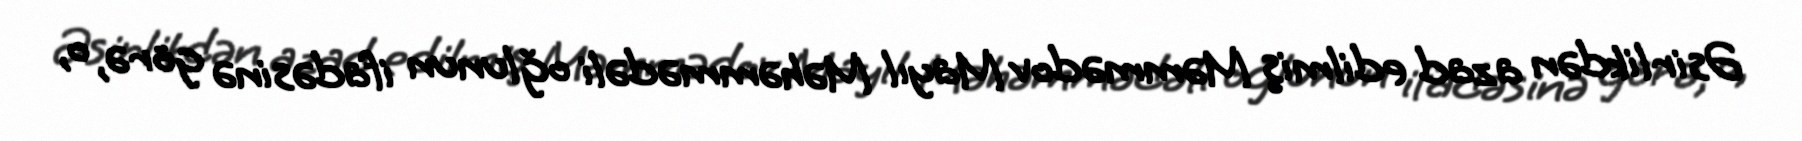
Əsirlikdən azad edilmiş Məmmədov Mayıl Məhəmmədəli oğlunun ifadəsinə görə, o,